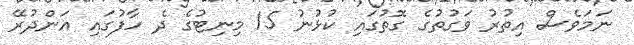
ނަމަވެސް އިތުރު ވަގުތުގެ ގޮތުގައި ކުޅުނު 15 މިނިޓުގެ ދެ ހާފުގައި އަންދުރޭ